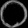
Digit: ၀